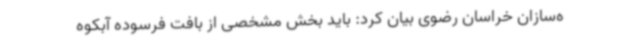
ه‌سازان خراسان رضوی بیان کرد: باید بخش مشخصی از بافت فرسوده آبکوه